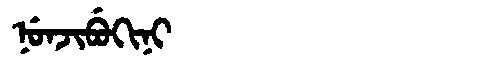
Manchu: ᠨᡠᠨᠵᡳᠪᡠᡴᡳᠨᡳ
Romanization: NUNJIBUKINI